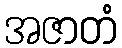
အဇာတံ